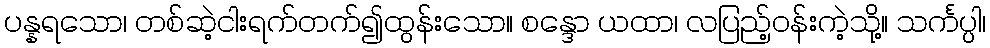
ပန္နရသော၊ တစ်ဆဲ့ငါးရက်တက်၍ထွန်းသော။ စန္ဒော ယထာ၊ လပြည့်ဝန်းကဲ့သို့။ သင်္ကပ္ပါ၊